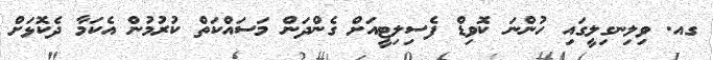
ގއ. ވިލިނގިލީގައި ހުންނަ ކޮވިޑް ފެސިލިޓީއަށް ގެންދަން މަސައްކަތް ކުރުމުން އެކަމާ ދެކޮޅަށް